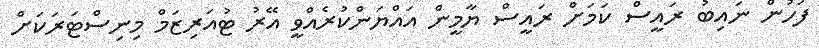
ފަހުން ނައިބު ރައީސް ކަމަށް ރައީސް ޔާމީން އައްޔަންކުރެއްވީ އޭރު ޓުއަރިޒަމް މިނިސްޓަރަކަށް